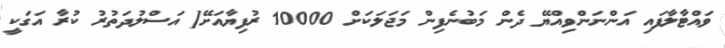
ވައްޓާލާފައި އަންނަންވިއްޔޭ ދެން މަބުނެފިން މަޖަލަކަށް 10000 ރުފިޔާއަށޭ[ އަސްލުދަތުރު ކުރާ އަގަކީ